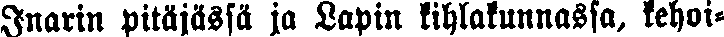
Inarin pitäjässä ja Lapin kihlakunnassa, kehoi-